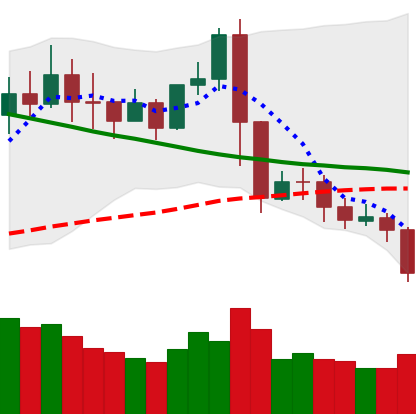
Ticker: XRP-USD
Chart end date: 2019-11-15
Forward return: -3.933%
Label: down_3_5